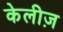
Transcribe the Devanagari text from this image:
केलीज़